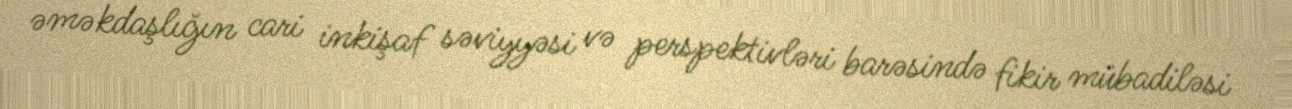
əməkdaşlığın cari inkişaf səviyyəsi və perspektivləri barəsində fikir mübadiləsi